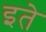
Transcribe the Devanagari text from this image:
इते